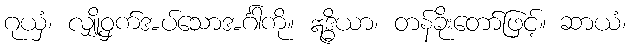
ဂုယှံ၊ လျှို့ဝှက်အပ်သောအင်္ဂါကို။ ဣဒ္ဓိယာ၊ တန်ခိုးတော်ဖြင့်။ ဆာယံ၊